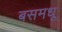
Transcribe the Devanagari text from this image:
बसमधू